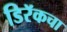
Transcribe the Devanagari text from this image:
डिरॅकचा